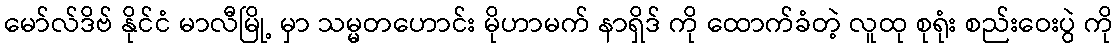
မော်လ်ဒိဗ် နိုင်ငံ မာလီမြို့ မှာ သမ္မတဟောင်း မိုဟာမက် နာရှိဒ် ကို ထောက်ခံတဲ့ လူထု စုရုံး စည်းဝေးပွဲ ကို